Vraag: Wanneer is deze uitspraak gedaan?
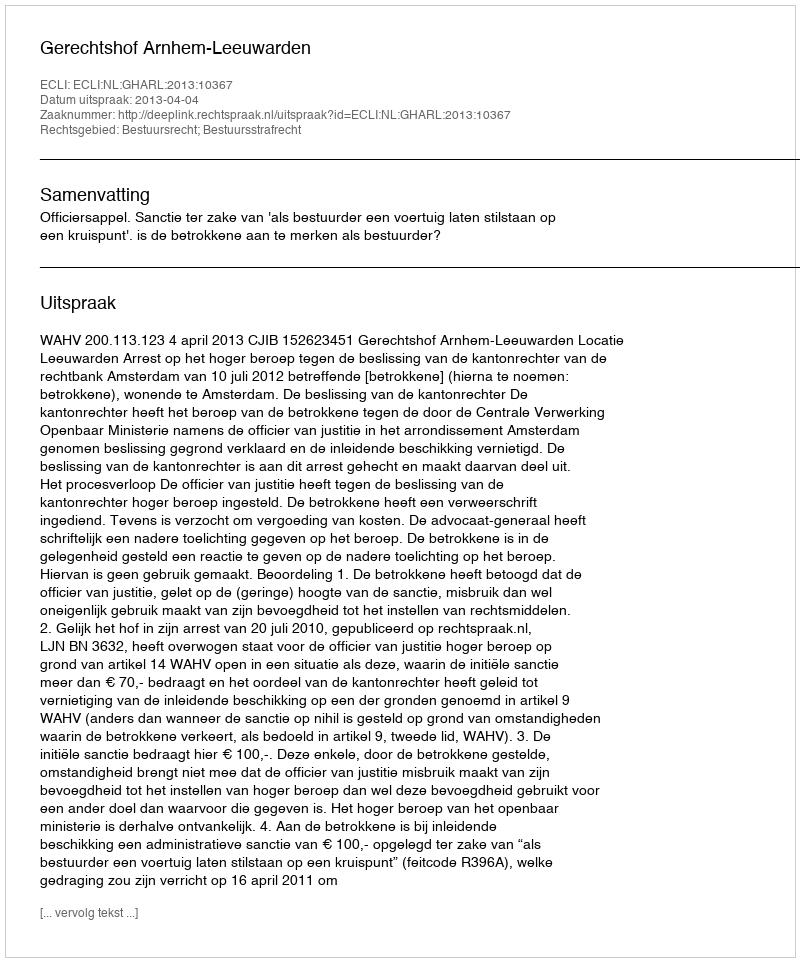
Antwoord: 2013-04-04